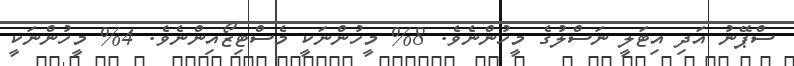
ސްޕޭނު އަދި އިޓަލީ ނަސްލުގެ މީހުންނެވެ. 8% މީހުންނަކީ މެސްޓިޒޯއިންނެވެ. 4% މީހުންނަކީ